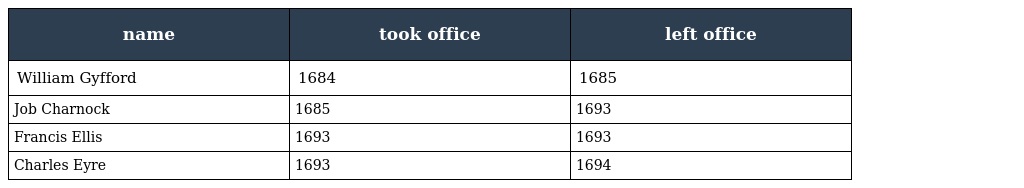
| name | took office | left office |
 | --- | --- | --- |
 | William Gyfford | 1684 | 1685 |
 | Job Charnock | 1685 | 1693 |
 | Francis Ellis | 1693 | 1693 |
 | Charles Eyre | 1693 | 1694 |